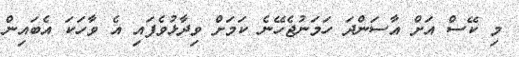
މި ކޭސް އަށް އާސަންދަ ހަމަނުޖެހޭނެ ކަމަށް ވިދާޅުވެފައި އެ ވާހަކަ އެބައިން